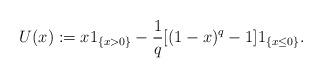
LaTeX: \begin{align*}U(x):=x1_{\{x>0\}} -\frac{1}{q}[ (1-x)^{q}-1]1_{\{x\leq 0\}}.\end{align*}